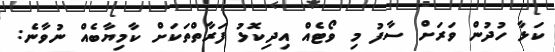
ކަޅާ ހުދުން ވަރަށް ސާފު މި ވޯޓެއް އިދިކޮޅު ފަރާތްތަކަށް ކާމިޔާބެއް ނުވާނެ: